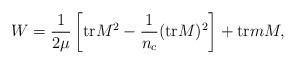
LaTeX: \begin{align*}W = \frac{1}{2\mu} \left[ {\rm tr}M^{2} - \frac{1}{n_{c}}({\rm tr}M)^{2}\right] + {\rm tr} m M,\end{align*}